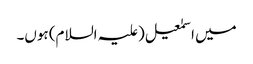
میں اسمٰعیل(علیہ السلام) ہوں۔